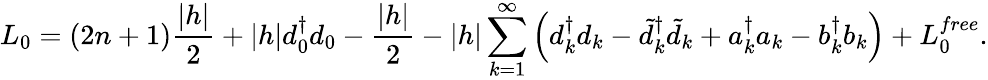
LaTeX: L_{0}=(2n+1){\frac{|h|}{2}}+|h|d_{0}^{\dagger}d_{0}-{\frac{|h|}{2}}-|h|\sum_{k=1}^{\infty}\left(d_{k}^{\dagger}d_{k}-\tilde{d}_{k}^{\dagger}\tilde{d}_{k}+a_{k}^{\dagger}a_{k}-b_{k}^{\dagger}b_{k}\right)+L_{0}^{free}.